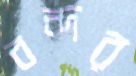
বন্দর